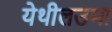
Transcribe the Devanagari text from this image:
येथीलउमा